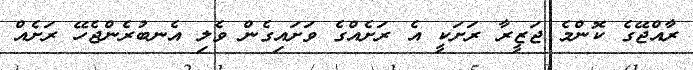
ރާއްޖޭގެ ކޮންމެ ޖަޒީރާ ރަށަކީ އެ ރަށެއްގެ ވަށައިގެން ވެލި އެނބުރެންޖެހޭ ރަށެއް